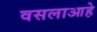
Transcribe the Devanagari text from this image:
वसलाआहे